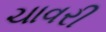
ચાવરી